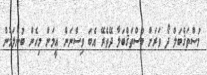
މުސްތަޤްބަލް ދޯ ވަރަށް މުސްތަޤްބަލާ ދޭތެރޭ އެބަ ވިސްނަން. އީމަން މިހެން ބުނެލަމުން